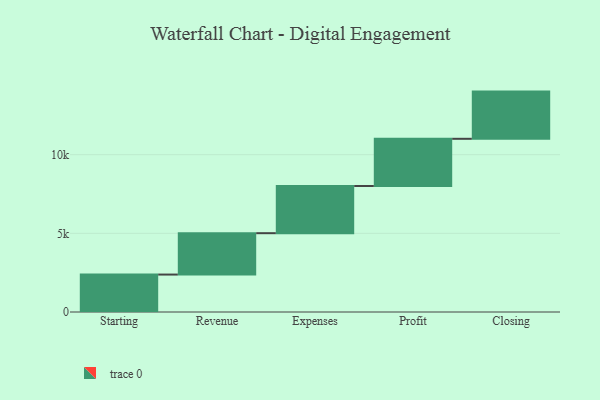
{"axis": {"x": "Step", "y": "Value"}, "legend": [""], "data": [{"x": "Starting", "y": 2380.0, "type": ""}, {"x": "Revenue", "y": 2629.0, "type": ""}, {"x": "Expenses", "y": 3000, "type": ""}, {"x": "Profit", "y": 3000, "type": ""}, {"x": "Closing", "y": 3000, "type": ""}]}